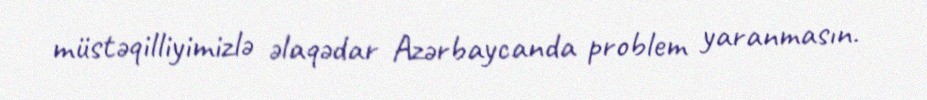
müstəqilliyimizlə əlaqədar Azərbaycanda problem yaranmasın.